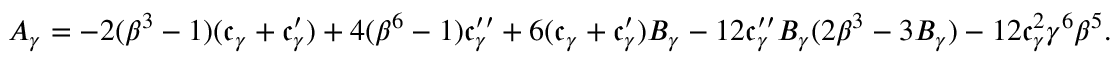
A _ { \gamma } = - 2 ( \beta ^ { 3 } - 1 ) ( \mathfrak { c } _ { \gamma } + \mathfrak { c } _ { \gamma } ^ { \prime } ) + 4 ( \beta ^ { 6 } - 1 ) \mathfrak { c } _ { \gamma } ^ { \prime \prime } + 6 ( \mathfrak { c } _ { \gamma } + \mathfrak { c } _ { \gamma } ^ { \prime } ) B _ { \gamma } - 1 2 \mathfrak { c } _ { \gamma } ^ { \prime \prime } B _ { \gamma } ( 2 \beta ^ { 3 } - 3 B _ { \gamma } ) - 1 2 \mathfrak { c } _ { \gamma } ^ { 2 } \gamma ^ { 6 } \beta ^ { 5 } .